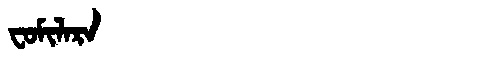
Manchu: ᠸᠣᠮᡳᠯᠠᡵᠠ
Romanization: FOMILARA